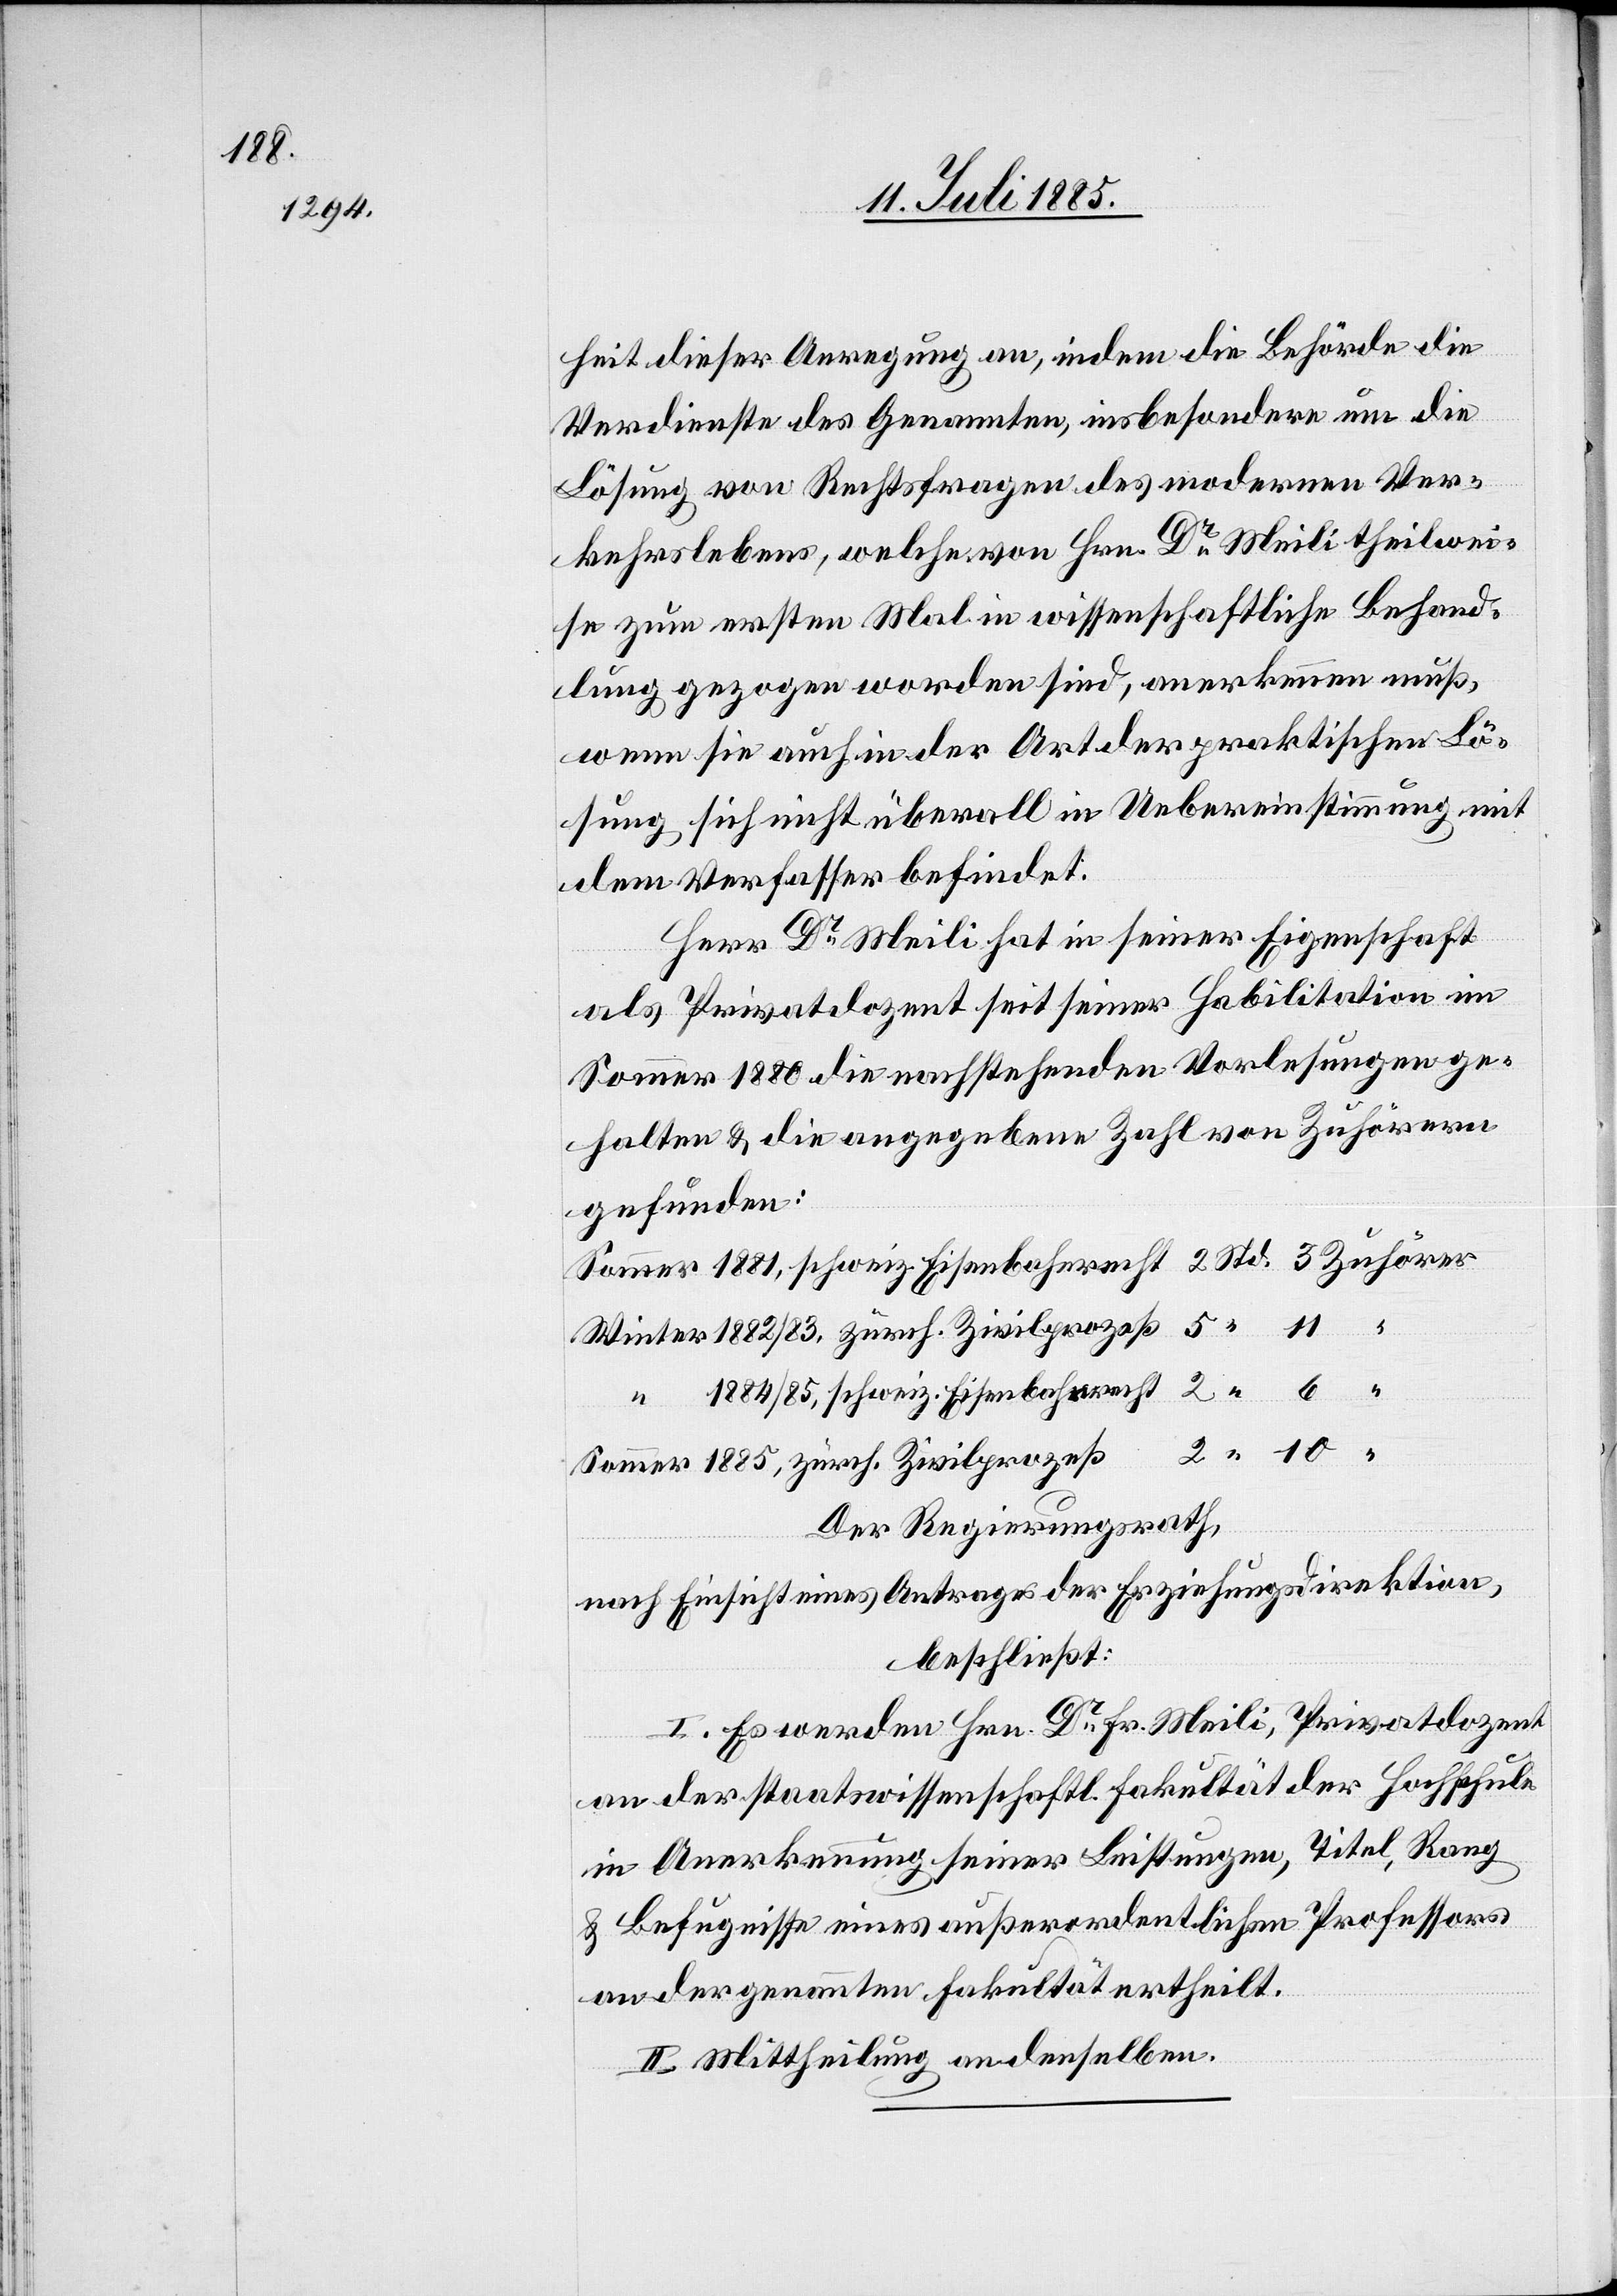
1885,

heit dieser Anregung an, indem die Behörde die
Verdienste des Genannten, insbesondere um die
Lösung von Rechtsfragen des modernen Ver¬
kehrslebens, welche von Hrn. Dr Meili theilwei¬
se zum ersten Mal in wissenschaftliche Behand¬
lung gezogen worden sind, anerkennen muß,
wenn sie auch in der Art der praktischen Lö¬
sung sich nicht überall in Uebereinstimmung mit
dem Verfasser befindet.
Herr Dr Meili hat in seiner Eigenschaft
als Privatdozent seit seiner Habilitation im
Sommer 1880 die nachstehenden Vorlesungen ge¬
halten & die angegebene Zahl von Zuhörern
gefunden:
1884/85, schweiz. Eisenbahnrecht
Der Regierungsrath,
nach Einsicht eines Antrages der Erziehungsdirektion,
beschließt:
I. Es werden Hrn. Dr Fr. Meili, Privatdozent
an der staatswissenschaftl. Fakultät der Hochschule
in Anerkennung seiner Leistungen, Titel, Rang
& Befugnisse eines außerordentlichen Professors
an der genannten Fakultät ertheilt.
II. Mittheilung an denselben.